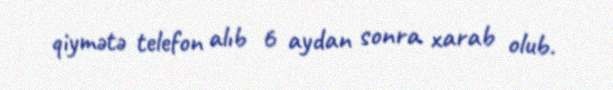
qiymətə telefon alıb 6 aydan sonra xarab olub.